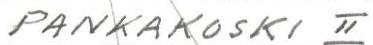
PANKAKOSKI II